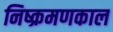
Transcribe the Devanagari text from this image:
निष्क्रमणकाल